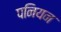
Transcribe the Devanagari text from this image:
पनियन